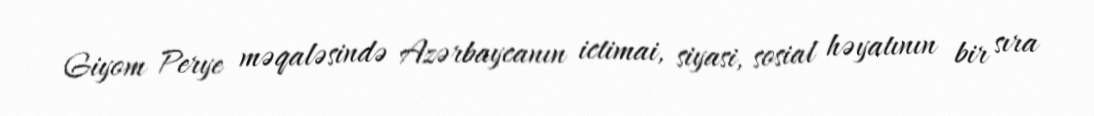
Giyom Perye məqaləsində Azərbaycanın ictimai, siyasi, sosial həyatının bir sıra